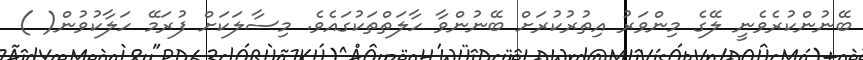
ބޭނުންކުރެވެނީ ލޭގެ މިންވަރު އިތުރުކުރަށް ބޭނުންވާ ހާލަތްތަކުގައެވެ. މިސާލަކަށް ފުރަމޭ ހަލާކުވުން( )